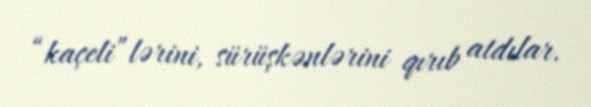
“kaçeli”lərini, sürüşkənlərini qırıb atdılar.